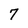
Character: 7